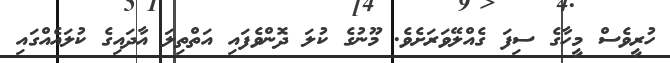
ހުރީވެސް މީހާގެ ސިފަ ގެއްލޭވަރަށެވެ. މޫނުގެ ކުލަ ދޮންވެފައި އަތްތިލަ އާދައިގެ ކުލައެއްގައި